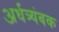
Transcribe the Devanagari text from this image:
अर्धत्र्यंबक